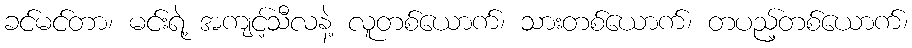
ခင်မင်တာ၊ မင်းရဲ့ အကျင့်သီလနဲ့ လူတစ်ယောက်၊ သားတစ်ယောက်၊ တပည့်တစ်ယောက်၊